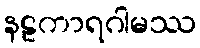
နဠကာရဂါမဿ